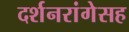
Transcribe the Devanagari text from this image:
दर्शनरांगेसह